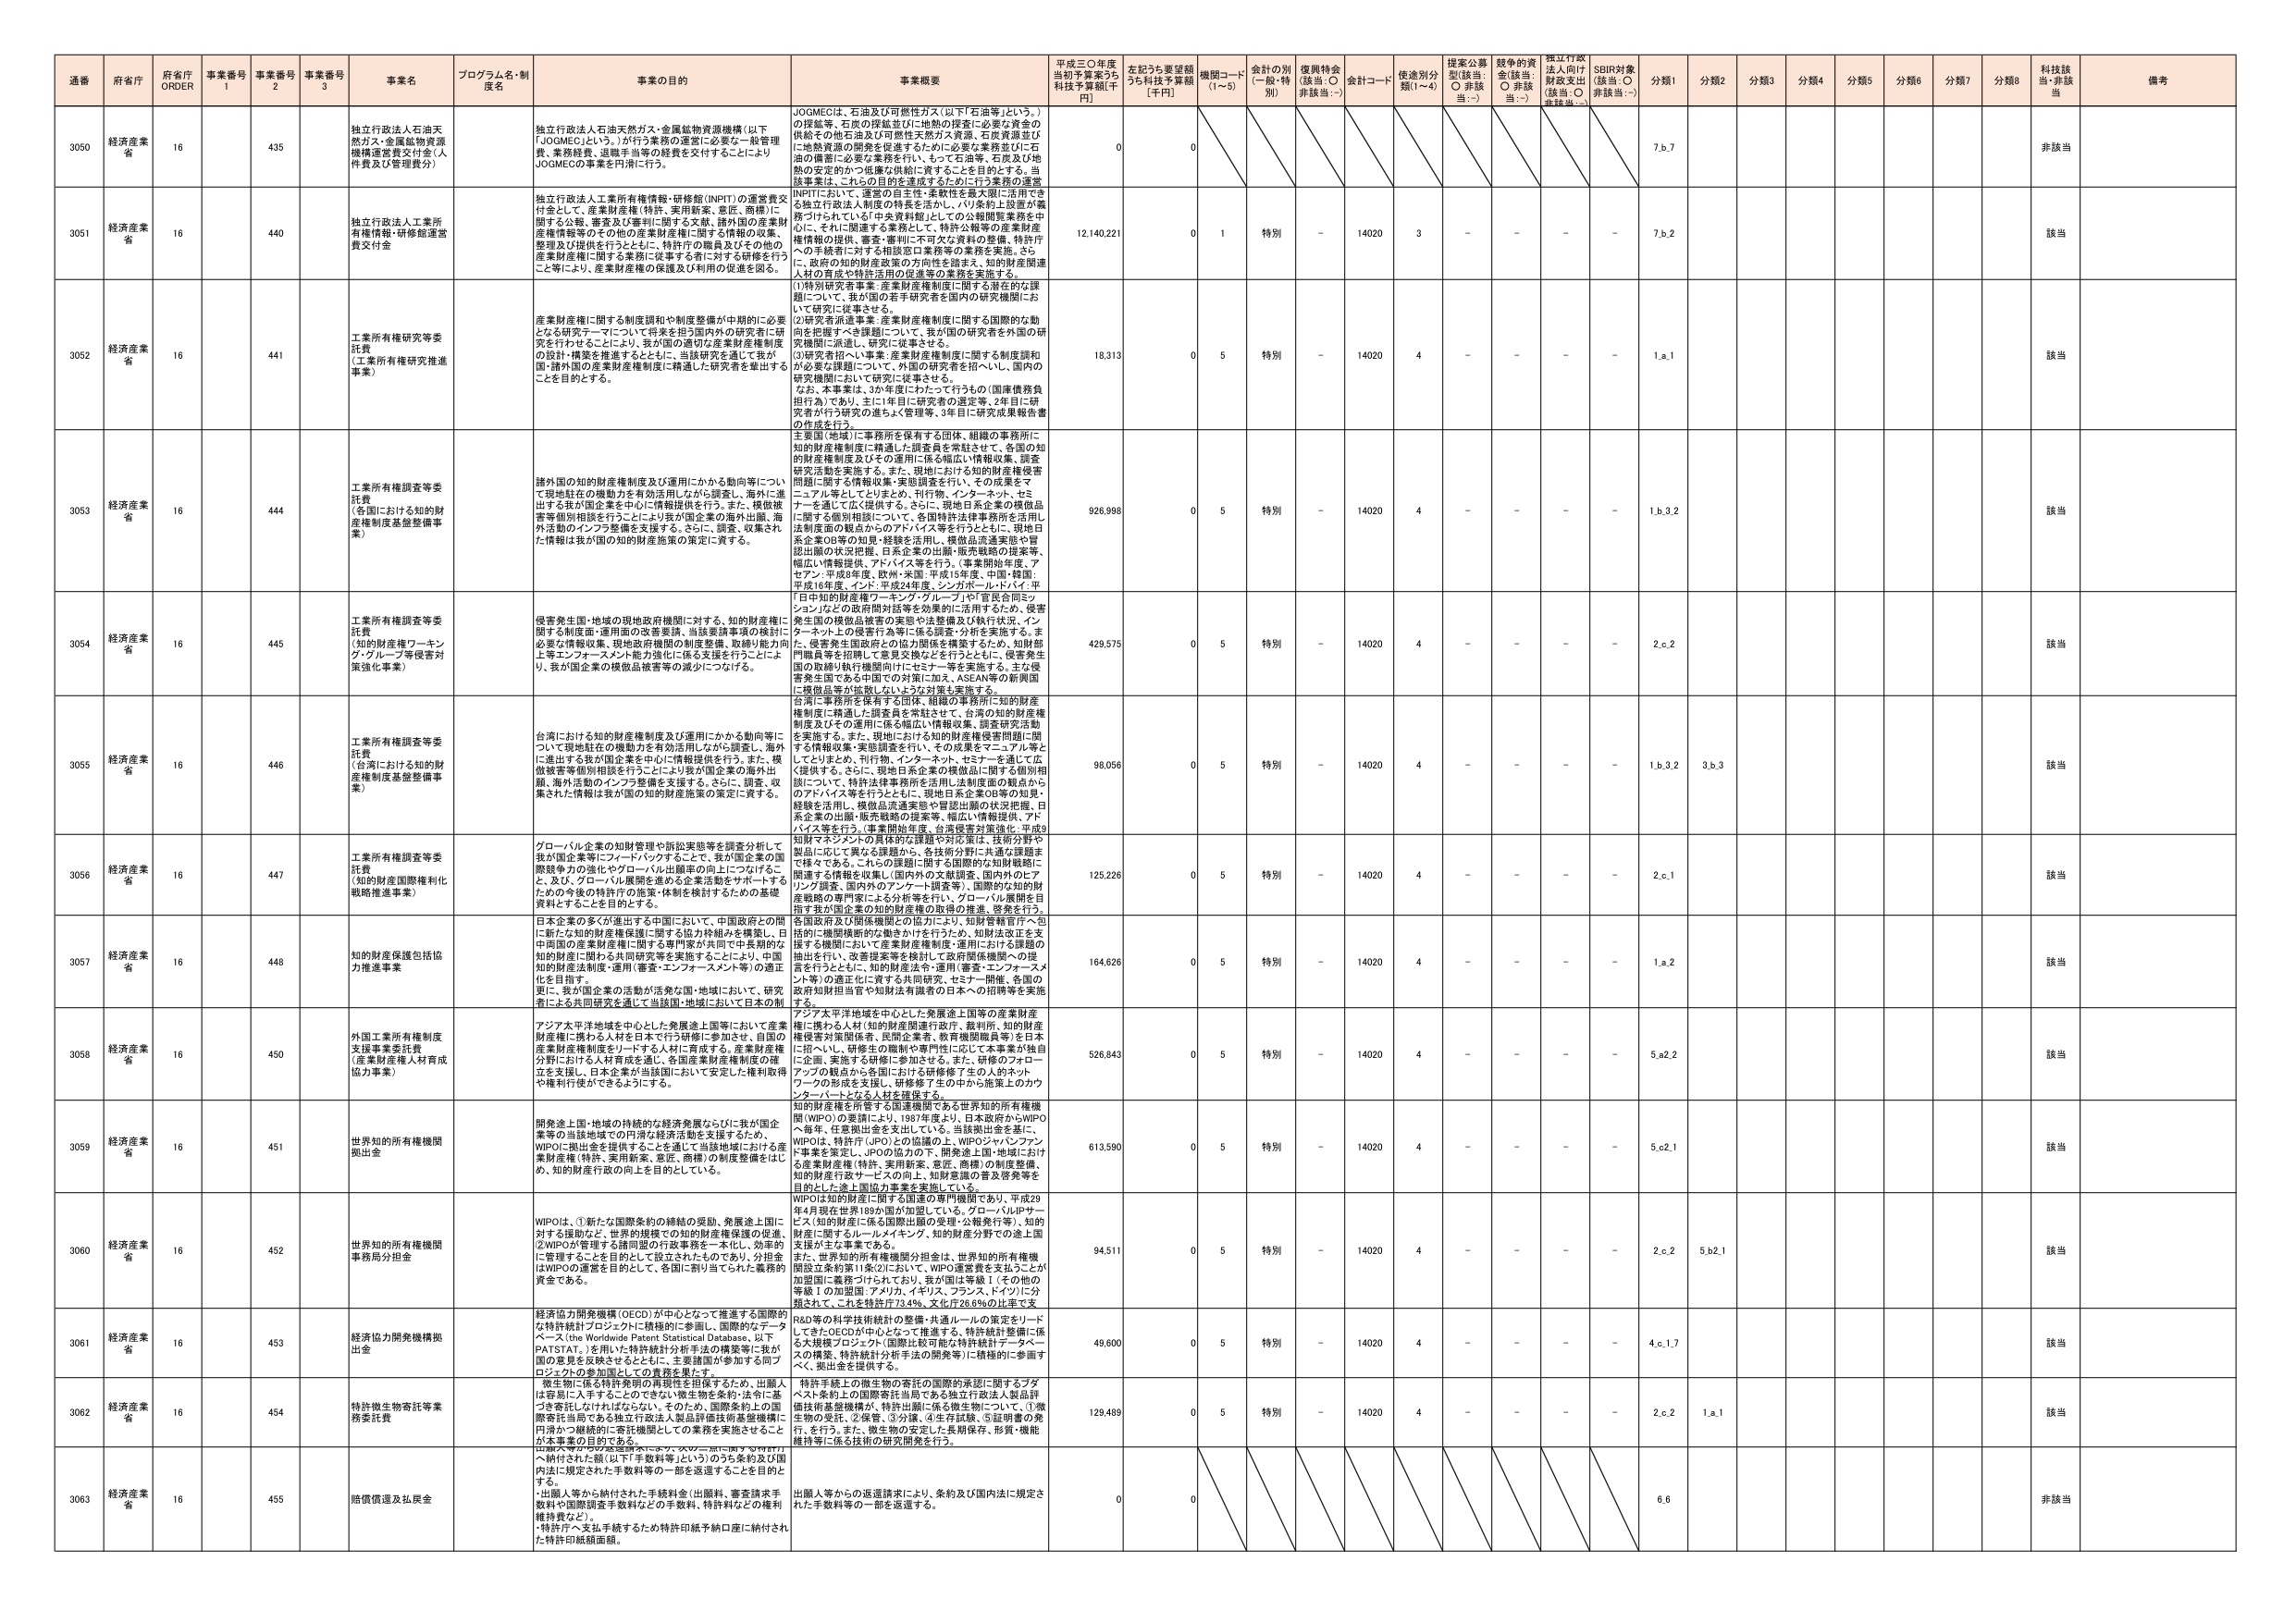
通番 府省庁 府省庁 ORDER 事業番号 1 事業番号 2 事業番号 3 事業名 プログラム名・制度名 事業の目的 事業概要 平成三〇年度当初予算案うち補正予算額[千円] 左記うち要望額うち補正予算額[千円] 機関コード(1~5) 会計の別(一般・特別) 復興特会(該当:○ 非該当:－) 会計コード 使途別分類(1~4) 提案公募型(該当:○ 非該当:－) 越年の資金(該当:○ 非該当:－) 捏造行政法人向け財政支出(該当:○ 非該当:－) SDBR対象(該当:○ 非該当:－) 分類1 分類2 分類3 分類4 分類5 分類6 分類7 分類8 科技該当 非該当 備考

3050 経済産業省 16 435 独立行政法人石油天然ガス・金属鉱物資源機構運営費交付金(人件費及び管理費分) 独立行政法人石油天然ガス・金属鉱物資源機構(以下「JOGMEC」という。)が行う業務の運営に必要な一般管理費、業務経費、退職手当等の経費を交付することによりJOGMECの事業を円滑に行う。 JOGMECは、石油及び可燃性ガス(以下「石油等」という。)の探鉱等、石油の探鉱並びに地熱の探査に必要な資金の供給その他石油及び可燃性天然ガス資源、石炭資源並びに地熱資源の開発を促進するため必要な業務並びに石油の備蓄に必要な業務を行い、もって石油等、石炭及び地熱の安定的かつ低廉な供給に資することを目的とする。当該事業は、これらの目的を達成するために行う業務の運営 0 0

3051 経済産業省 16 440 独立行政法人工業所有権情報・研修館(INPIT)の運営費交付金 独立行政法人工業所有権情報・研修館(INPIT)の運営費交付金として、産業財産権(特許、実用新案、意匠、商標)に関する公報、審査及び審判に関する文献、諸外国の産業財産権情報等のその他の産業財産権に関する情報の収集、整理及び提供を行うとともに、特許庁の職員及びその他の産業財産権に関する業務に従事する者に対する研修を行うこと等により、産業財産権の保護及び利用の促進を図る。 INPITにおいて、運営の自主性・柔軟性を最大限に活用できる独立行政法人制度の特長を生かし、パリ条約上設置の業務づけられている「中央資料館」としての公報閲覧業務を中心に、それに関連する業務として、特許公報等の産業財産権情報の提供、審査・審判に不可欠な資料の整備、特許庁への手続等に対する相談窓口業務等の業務を実施。さらに、政府の知的財産政策の方向性を踏まえ、知的財産関連人材の育成や特許活用の促進等の業務を実施する。 (1)特別研究者事業:産業財産権制度に関する潜在的な課題について、我が国の若手研究者を国内の研究機関において研究に従事させる。 (2)研究者派遣事業:産業財産権制度に関する国際的な動向を把握すべき課題について、我が国の研究者を外国の研究機関に派遣し、研究に従事させる。 (3)研究者招へい事業:産業財産権制度に関する制度課題の必要性課題について、外国の研究者を招へいし、国内の研究機関において研究に従事させる。 なお、本事業は、3か年度にわたって行うもの(国庫債務負担行為)であり、主に1年目に研究者の選定等、2年目に研究者が行う研究の進ちょく管理等、3年目に研究成果報告書の作成を行う。 12,140,221 0 1 特別 - 14020 3 - - - - 7.b.2 該当

3052 経済産業省 16 441 工業所有権研究等委託費 (工業所有権研究推進事業) 産業財産権に関する制度調和や制度整備が中期的に必要となる研究テーマについて将来を担う国内外の研究者に研究を行わせることにより、我が国の適切な産業財産権制度の設計・構築を推進するとともに、当該研究を通じて我が国・諸外国の産業財産権制度に精通した研究者を輩出することを目的とする。 18,313 0 5 特別 - 14020 4 - - - - 1.a.1 該当

3053 経済産業省 16 444 工業所有権調査等委託費 (各国における知的財産権制度基盤整備事業) 諸外国の知的財産権制度及び運用にかかる動向等について現地駐在の機動力を有効活用しながら調査し、海外に進出する我が国企業を中心に情報提供を行う。また、模倣被害等個別相談を行うことにより我が国企業の海外出願、海外活動のインフラ整備を支援する。さらに、調査、収集された情報は我が国の知的財産施策の策定に資する。 主要国(地域)に事務所を保有する団体、組織の事務所に知的財産権制度に精通した調査員を常駐させて、各国の知的財産権制度及びその運用に係る幅広い情報収集、調査研究活動を実施する。また、現地における知的財産権侵害問題に関する情報収集・実態調査を行い、その成果をマニュアル等としてとりまとめ、刊行物、インターネット、セミナーを通じて広く提供する。さらに、現地日系企業の模倣品に関する個別相談について、各国特許法等事務所を活用し、法制度面のアドバイス等を行うとともに、現地日系企業OB等の知見・経験を活用し、模倣品流通実態や冒認出願の状況把握、日系企業の出願・販売戦略の提案等、幅広い情報提供、アドバイス等を行う。(事業開始年度、アセアン:平成26年度、欧州・米国:平成19年度、中南・韓国:平成16年度、インド:平成24年度、シンガポール・ドバイ:平成29年度) 926,998 0 5 特別 - 14020 4 - - - - 1.b.3.2 該当

3054 経済産業省 16 445 工業所有権調査等委託費 (知的財産権ワーキング・グループ等侵害対策強化事業) 侵害発生国・地域の現地政府機関に対する、知的財産権に関する制度面・運用面の改善要請、当該要請事項の検討に必要な情報収集、現地政府機関の制度整備、取締り能力向上等エンフォースメント能力強化に係る支援を行うことにより、我が国企業の模倣品被害等の減少につなげる。 「日中の知的財産権ワーキング・グループ」や「官民合同ミッション」などの政府間対話等を効果的に活用するため、侵害発生国の模倣品被害の実態や法整備及び執行状況、インターネット上の侵害行為等に係る調査・分析を実施する。また、侵害発生国政府との協力関係を構築するため、知的財産権員等を招聘して意見交換などを行うとともに、侵害発生国の取締り執行機関向けにセミナー等を実施する。主な侵害発生国である中国への対策に加え、ASEAN等の新興国に模倣品等が拡散しないような対策も実施する。 429,575 0 5 特別 - 14020 4 - - - - 2.c.2 該当

3055 経済産業省 16 446 工業所有権調査等委託費 (台湾における知的財産権制度基盤整備事業) 台湾における知的財産権制度及び運用にかかる動向等について現地駐在の機動力を有効活用しながら調査し、海外に進出する我が国企業を中心に情報提供を行う。また、模倣被害等個別相談を行うことにより我が国企業の海外出願、海外活動のインフラ整備を支援する。さらに、調査、収集された情報は我が国の知的財産施策の策定に資する。 台湾に事務所を保有する団体、組織の事務所に知的財産権制度に精通した調査員を常駐させて、台湾の知的財産権制度及びその運用に係る幅広い情報収集、調査研究活動を実施する。また、現地における知的財産権侵害問題に関する情報収集・実態調査を行い、その成果をマニュアル等としてとりまとめ、刊行物、インターネット、セミナーを通じて広く提供する。さらに、現地日系企業の模倣品に関する個別相談について、特許法等事務所を活用し、法制度面の観点からのアドバイス等を行うとともに、現地日系企業OB等の知見・経験を活用し、模倣品流通実態や冒認出願の状況把握、日系企業の出願・販売戦略の提案等、幅広い情報提供、アドバイス等を行う。(事業開始年度、台湾侵害対策強化:平成30年度) 98,056 0 5 特別 - 14020 4 - - - - 1.b.3.2 3.b.3 該当

3056 経済産業省 16 447 工業所有権調査等委託費 (知的財産国際権利化戦略推進事業) グローバル企業の知財管理や訴訟実態等を調査分析して我が国企業等にフィードバックすることで、我が国企業の国際競争力の強化やグローバル出願等の向上につなげる。 また、及び、グローバル展開を進める企業活動をサポートするための今後の特許庁の施策・体制を検討するための基礎資料とすることを目的とする。 知財マネジメントの具体的な課題や対応策は、技術分野や製品に応じて異なる課題から、各技術分野に共通な課題まで様々である。これらの課題に関する国際的な知財戦略に関連する情報を収集し(国内外の文献調査、国内外のヒアリング調査、国内外のアドバイザー調査等)、国際的な知的財産戦略の専門家による分析等を行い、グローバル展開を目的とする我が国企業の知的財産権の取得の推進、啓発を行う。 125,226 0 5 特別 - 14020 4 - - - - 2.c.1 該当

3057 経済産業省 16 448 知的財産保護包括協力推進事業 日本企業の多くが進出する中国において、中国政府との間に新たな知的財産権保護に関する協力枠組みを構築し、日中両国の産業財産権に関する専門家が共同で中長期的な知的財産に関する共同研究等を実施することにより、中国知的財産法制度・運用(審査・エンフォースメント等)の適正化を目指す。 更に、我が国企業の活動が活発な国・地域において、研究者による共同研究を通じて当該国・地域において日本の制度 各国政府及び関係機関との協力により、知財管轄官庁へ包括的に機関横断的な働きかけを行うため、知財法改正を支援する機関において産業財産権制度・運用における課題の抽出を行い、文書提案を経て地方政府関係機関への提言を行うとともに、知的財産法令・運用(審査・エンフォースメント等)の適正化に資する共同研究、セミナー開催、各国の政府知財担当官や知財法有識者の日本への招聘等を実施する。 164,626 0 5 特別 - 14020 4 - - - - 1.a.2 該当

3058 経済産業省 16 450 外国工業所有権制度支援事業委託費 (産業財産権人材育成協力事業) アジア太平洋地域を中心とした発展途上国等において産業財産権に携わる人材を日本で行う研修に参加させ、自国の産業財産権制度をリードする人材に育成する。産業財産権分野における人材育成を通じ、各国産業財産権制度の確立を支援し、日本企業が当該国において安定した権利取得や権利行使ができるようにする。 アジア太平洋地域を中心とした発展途上国等の産業財産権に携わる人材(知的財産関連行政庁、裁判所、知的財産権侵害対策関係者、民間企業者、教育機関職員等)を日本に招へいし、研修生の職制や専門性に応じて本事業が対象となる企業、実務者を研修に参加させる。また、研修のフォローアップの観点から各国における研修修了生の人のネットワークの形成を支援し、研修修了生の中から施策上のカウンター・パートとなる人材を確保する。 526,843 0 5 特別 - 14020 4 - - - - 5.a.2.2 該当

3059 経済産業省 16 451 世界知的所有権機関拠出金 開発途上国・地域の持続的な経済発展ならびに我が国企業等の当該地域での円滑な経済活動を支援するため、WIPOに拠出金を提供することを通じて当該地域における産業財産権(特許、実用新案、意匠、商標)の制度整備をはじめ、知的財産行政の向上を目的としている。 知的財産権を所管する国連機関である世界知的所有権機関(WIPO)の要請により、1997年度より、日本政府からWIPOへ毎年、任意拠出金を支出している。当該拠出金を基に、WIPOは、特許庁(JPO)との協議の上、WIPOジャパンファンド事業を策定し、JPOの協力の下、開発途上国・地域における産業財産権(特許、実用新案、意匠、商標)の制度整備、知的財産行政サービスの向上、知財意識の普及啓発等を目的とした途上国協力事業を実施している。 613,590 0 5 特別 - 14020 4 - - - - 5.c.2.1 該当

3060 経済産業省 16 452 世界知的所有権機関事務局分担金 WIPOは、①新たな国際条約の締結の奨励、発展途上国に対する援助など、世界の規模での知的財産権保護の促進、②WIPOが管理する諸同盟の行政事務を一本化し、効率的に管理することを目的として設立されたものであり、分担金はWIPOの運営を目的として、各国に割り当てられた義務的資金である。 WIPOは知的財産に関する国連の専門機関であり、平成29年4月現在世界199カ国が加盟している。グローバルIPサービス(知的財産に係る国際出願の受理・公報発行等)、知的財産に関するルールメイキング、知的財産分野での途上国支援が主な事業である。また、世界知的所有権機関分担金は、世界知的所有権機関設立条約第11条の2において、WIPO運営費を支払うことが加盟国に義務づけられており、我が国は等級Ⅰ(その他の等級Ⅰの加盟国:アメリカ、イギリス、フランス、ドイツ)に分類されて、これを特許庁73.4%、文科省26.6%の比率で支 94,511 0 5 特別 - 14020 4 - - - - 2.c.2 5.b.2.1 該当

3061 経済産業省 16 453 経済協力開発機構拠出金 経済協力開発機構(OECD)が中心となって推進する国際的な特許統計プロジェクトに積極的に参画し、国際的なデータベース( the Worldwide Patent Statistical Database、以下PATSTAT )を用いた特許統計分析手法の構築等に我が国の意見を反映させるとともに、主要諸国が参加する同プロジェクトの参加国としての責務を果たす。 R&D等の科学技術統計の整備・共通ルールの策定をリードしてきたOECDが中心となって推進する、特許統計整備に係る支援プロジェクト(国際比較可能な特許統計データベースの構築、特許統計分析手法の開発等)に積極的に参画すべく、拠出金を提供する。 49,600 0 5 特別 - 14020 4 - - - - 4.c.1.7 該当

3062 経済産業省 16 454 特許微生物寄託等業務委託費 寄生生物に係る特許条例の再現性を担保するため、出願人は容易に入手することのできない微生物を条約・法令に基づき寄託しなければならない。そのため、国際条約上の国際寄託当局である独立行政法人製品評価技術基盤機構に円滑かつ継続的に寄託機関としての業務を実施させること が本事業の目的である。 特許手続上の微生物の寄託の国際的承認に関するフダベスト条約上の国際寄託当局である独立行政法人製品評価技術基盤機構が、特許出願に係る微生物について、①微生物の受託、②保管、③分譲、④生存試験、⑤証明書の発行、を行う。また、微生物の安定した長期保存、形質・機能維持等に係る技術の研究開発を行う。 129,489 0 5 特別 - 14020 4 - - - - 2.c.2 1.a.1 該当

3063 経済産業省 16 455 賠償還返及払戻金 出願人等から納付された手数料等(出願料、審査請求手数料や国際調査手数料などの手数料、特許料などの権利維持費など)、特許庁へ支払手続するため特許印紙予納口座に納付された特許印紙額面額。 出願人等からの返還請求により、条約及び国内法に規定された手数料等の一部を返還する。 0 0 6.6 非該当